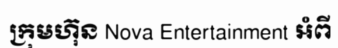
ក្រុមហ៊ុន Nova Entertainment អំពី